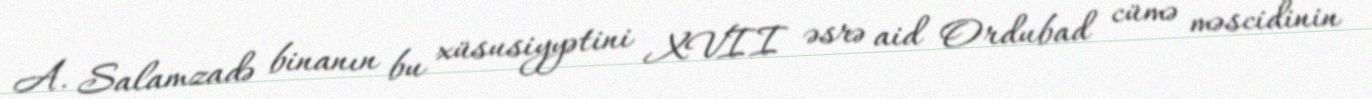
A. Salamzadə binanın bu xüsusiyyətini XVII əsrə aid Ordubad cümə məscidinin